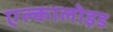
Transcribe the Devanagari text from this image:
एल्कालोइड